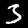
Digit: 3